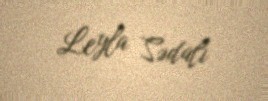
Leyla Sədalı